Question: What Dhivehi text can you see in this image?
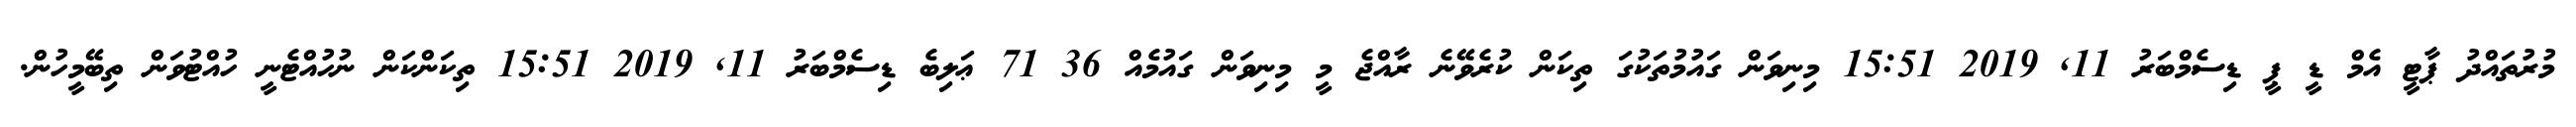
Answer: މުރުތައްދު ޕާޓީ އެމް ޑީ ޕީ ޑިސެމްބަރު 11, 2019 15:51 މިނިވަން ގައުމުތަކުގަ ތިކަން ކުރެވޭނެ ރާއްޖެ މީ މިނިވަން ގައުމެއް 36 71 ޢަލިބެ ޑިސެމްބަރު 11, 2019 15:51 ތިކަންކަން ނުހުއްޓެނީ ހުއްޓުވަން ތިބޭމީހުން.